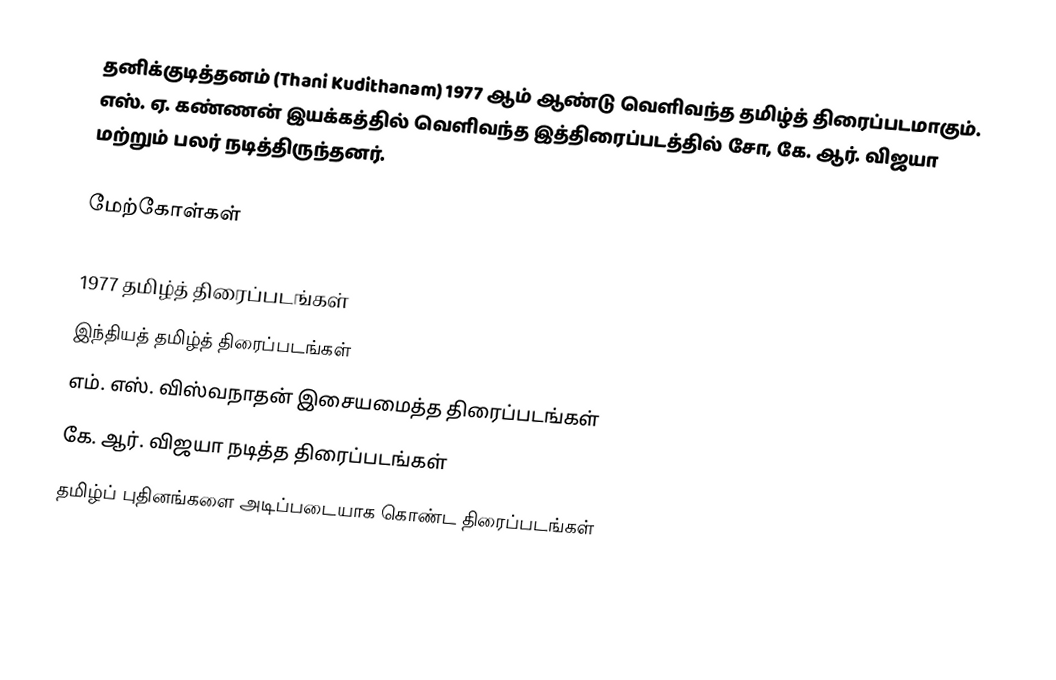
தனிக்குடித்தனம் (Thani Kudithanam) 1977 ஆம் ஆண்டு வெளிவந்த தமிழ்த் திரைப்படமாகும். எஸ். ஏ. கண்ணன் இயக்கத்தில் வெளிவந்த இத்திரைப்படத்தில் சோ, கே. ஆர். விஜயா மற்றும் பலர் நடித்திருந்தனர்.

மேற்கோள்கள்

1977 தமிழ்த் திரைப்படங்கள்
இந்தியத் தமிழ்த் திரைப்படங்கள்
எம். எஸ். விஸ்வநாதன் இசையமைத்த திரைப்படங்கள்
கே. ஆர். விஜயா நடித்த திரைப்படங்கள்
தமிழ்ப் புதினங்களை அடிப்படையாக கொண்ட திரைப்படங்கள்